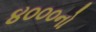
૪૦૦૦નો